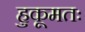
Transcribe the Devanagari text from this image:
हुकूमतः